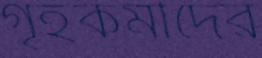
গৃহকর্মীদের